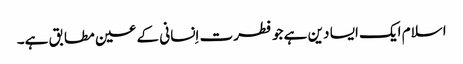
اسلام ایک ایسا دین ہے جو فطرت اِنسانی کے عین مطابق ہے۔